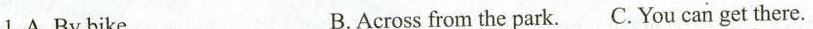
1.A.By bike. B.Across from the park. C. You can get there